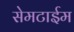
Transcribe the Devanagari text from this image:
सेमटाईम